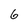
Character: 6